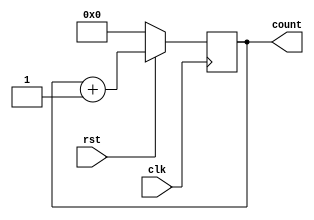
module upcounter_nbit #(parameter n=4)
(	input clk,rst,
	output reg [n-1:0]count);

always @(posedge clk)
begin
	if(!rst)
		count <= {n{1'b0}};
	else 
		count <= count + 1'b1;
end

endmodule